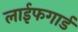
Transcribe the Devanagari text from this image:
लाईफगार्ड